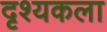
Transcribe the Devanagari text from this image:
दृश्‍यकला